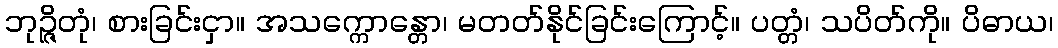
ဘုဉ္ဇိတုံ၊ စားခြင်းငှာ။ အသက္ကောန္တော၊ မတတ်နိုင်ခြင်းကြောင့်။ ပတ္တံ၊ သပိတ်ကို။ ပိဓာယ၊